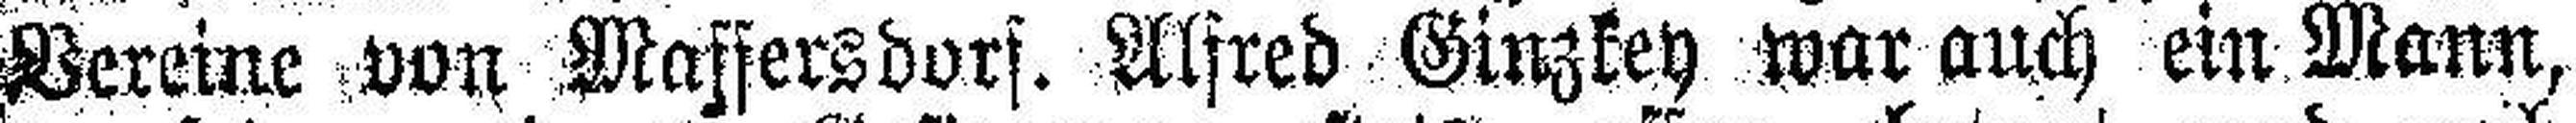
Vereine von Maffersdorf. Alfred Ginzkey war auch ein Mann,